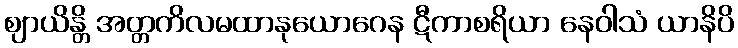
ဈာယိန္တိ အတ္တကိလမထာနုယောဂေန ဋီကာစရိယာ နေဝါသံ ယာနိပိ